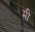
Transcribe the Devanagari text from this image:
म़ी